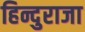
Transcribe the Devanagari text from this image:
हिन्दुराजा